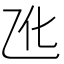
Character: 𪜐